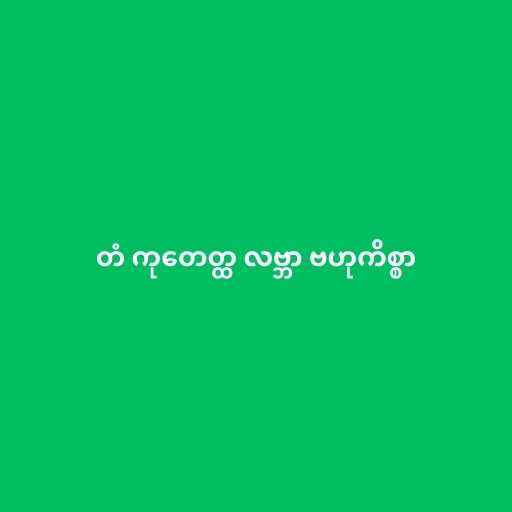
တံ ကုတေတ္ထ လဗ္ဘာ ဗဟုကိစ္စာ